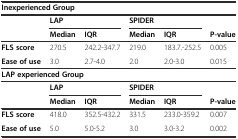
<table><thead><tr><td colspan="6"><b>Inexperienced Group</b></td></tr><tr><td>[EMPTY_CELL]</td><td colspan="2"><b>LAP</b></td><td colspan="2"><b>SPIDER</b></td><td>[EMPTY_CELL]</td></tr><tr><td>[EMPTY_CELL]</td><td><b>Median</b></td><td><b>IQR</b></td><td><b>Median</b></td><td><b>IQR</b></td><td><b>P-value</b></td></tr></thead><tbody><tr><td><b>FLS score</b></td><td>270.5</td><td>242.2-347.7</td><td>219.0</td><td>183.7.-252.5</td><td>0.005</td></tr><tr><td><b>Ease of use</b></td><td>3.0</td><td>2.7-4.0</td><td>2.0</td><td>2.0-3.0</td><td>0.015</td></tr><tr><td colspan="6"><b>LAP experienced Group</b></td></tr><tr><td>[EMPTY_CELL]</td><td colspan="2"><b>LAP</b></td><td colspan="2"><b>SPIDER</b></td><td>[EMPTY_CELL]</td></tr><tr><td>[EMPTY_CELL]</td><td><b>Median</b></td><td><b>IQR</b></td><td><b>Median</b></td><td><b>IQR</b></td><td><b>P-value</b></td></tr><tr><td><b>FLS score</b></td><td>418.0</td><td>352.5-432.2</td><td>331.5</td><td>233.0-359.2</td><td>0.007</td></tr><tr><td><b>Ease of use</b></td><td>5.0</td><td>5.0-5.2</td><td>3.0</td><td>3.0-3.2</td><td>0.002</td></tr></tbody></table>